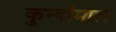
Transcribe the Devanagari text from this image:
कुन्दोमाल